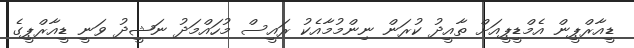
ޑީއާރްޕީން އެމްޑީޕީއަށް ތާއީދު ކުރަން ނިންމުމާއެކު ރައީސް މުހައްމަދު ނަޝީދު ވަނީ ޑީއާރްޕީގެ